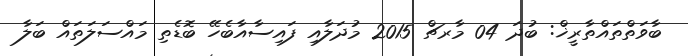
ބާވަތްތައްތާރީޚް: ބުދަ 04 މާރޗް 2015 މުދަލާއި ފައިސާއާބެހޭ ބޮޑެތި މައްސަލަތައް ބަލާ